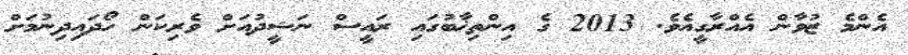
އެންމެ ޒުވާން އެއްރާގީއެވެ. 2013 ގެ އިންތިޚާބުގައި ރައީސް ނަޝީދުއަށް ވެރިކަން ހޯދައިދިނުމަށް